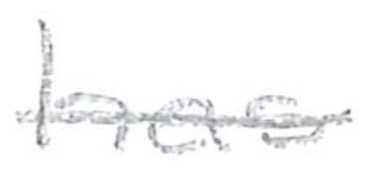
Text: has
Cross-out: single-line
Writing tool: pencil